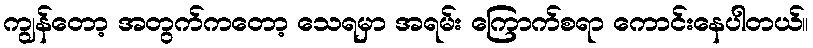
ကျွန်တော့ အတွက်ကတော့ သေရမှာ အရမ်း ကြောက်စရာ ကောင်းနေပါတယ်။